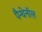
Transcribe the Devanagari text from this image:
पैन्थेनॉल